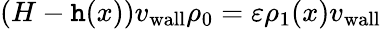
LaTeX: (H-\mathtt{h}(x)){v_{\mathrm{{wall}}}}\rho_{0}=\varepsilon\rho_{1}(x){v_{\mathrm{{wall}}}}